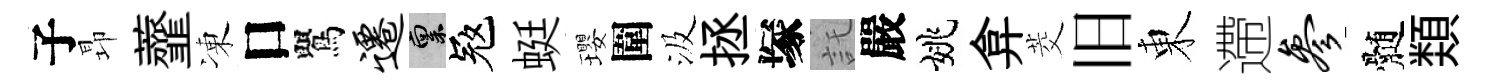
子昻虀凍口鸎迁禀冦蜓瓔圍汲拯塚託嚴姚弇茭旧東遰参髄𩔖